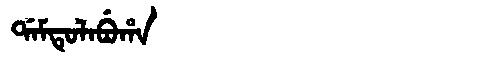
Manchu: ᡩᠠᠮᡨᡠᠯᠠᠪᡠᡥᠠ
Romanization: DAMTULABUHA